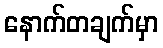
နောက်တချက်မှာ